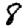
Digit: 8